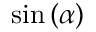
\sin \left( \alpha \right)